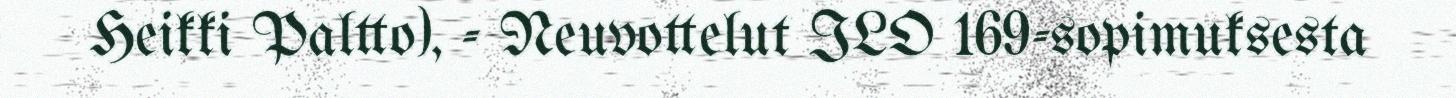
Heikki Paltto), - Neuvottelut ILO 169-sopimuksesta